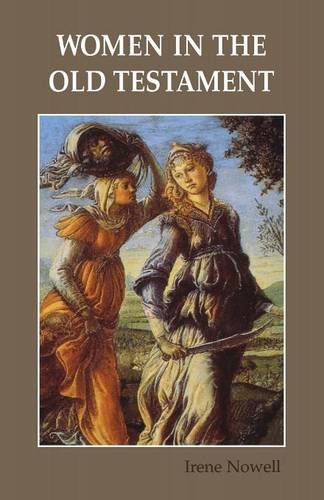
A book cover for Women in the Old Testament; Irene Nowell OSB; Christian Books & Bibles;